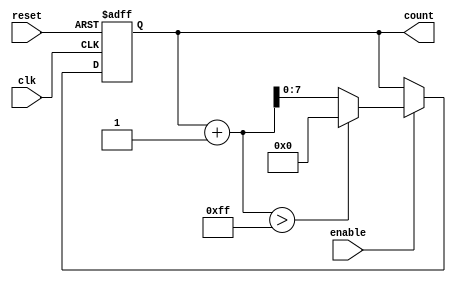
module IncrementalCounter #(
    parameter INITIAL_VALUE = 0,
    parameter STEP_SIZE = 1,
    parameter MAX_VALUE = 255 // This can be changed based on the required max count
)(
    input wire clk,            // Clock input
    input wire reset,          // Asynchronous reset input
    input wire enable,         // Enable input
    output reg [7:0] count     // Current count output (8-bit)
);

    // Always block for counting functionality
    always @(posedge clk or posedge reset) begin
        if (reset) begin
            count <= INITIAL_VALUE; // Reset to initial value
        end else if (enable) begin
            if (count + STEP_SIZE > MAX_VALUE) begin
                count <= 0;         // Wrap around to zero if overflow occurs
            end else begin
                count <= count + STEP_SIZE; // Increment count by step size
            end
        end
    end

endmodule